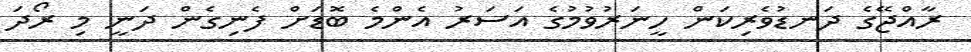
ރާއްޖޭގެ ދަނޑުވެރިކަން ހީނަރުވުމުގެ އަސަރު އެންމެ ބޮޑަށް ފެނިގެން ދަނީ މި ރޯދަ